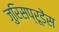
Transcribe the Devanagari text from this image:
जुरिसप्रूडेंस